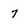
Character: 7